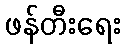
ဖန်တီးရေး